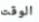
الوقت